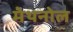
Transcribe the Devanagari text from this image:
मेथनोल